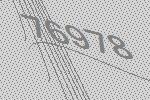
76978